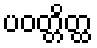
ပဝတ္တိတ္ထ